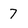
Character: 7